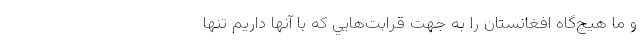
و ما هيچ‌گاه افغانستان را به جهت قرابت‌هايي كه با آنها داريم تنها